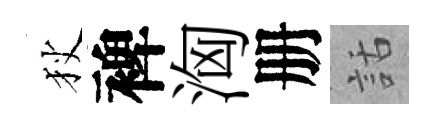
狄裨洶册話